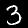
Digit: 3